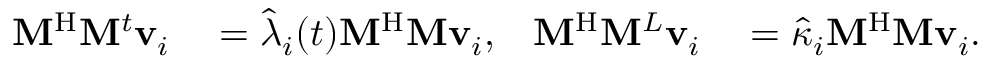
\begin{array} { r l r l } { \mathbf { M } ^ { \mathrm { H } } \mathbf { M } ^ { t } \mathbf { v } _ { i } } & { { } = \hat { \lambda } _ { i } ( t ) \mathbf { M } ^ { \mathrm { H } } \mathbf { M } \mathbf { v } _ { i } , } & { \mathbf { M } ^ { \mathrm { H } } \mathbf { M } ^ { L } \mathbf { v } _ { i } } & { { } = \hat { \kappa } _ { i } \mathbf { M } ^ { \mathrm { H } } \mathbf { M } \mathbf { v } _ { i } . } \end{array}